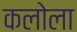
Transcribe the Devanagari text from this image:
कलोला